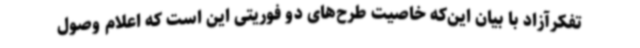
تفکرآزاد با بیان این‌که خاصیت طرح‌های دو فوریتی این است که اعلام وصول